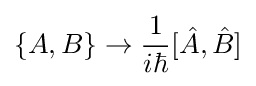
\{A,B\}\rightarrow {\frac {1}{i\hbar }}[{\hat {A}},{\hat {B}}]